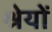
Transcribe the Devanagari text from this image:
श्रेयों